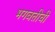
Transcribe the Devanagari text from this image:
भगवतीची